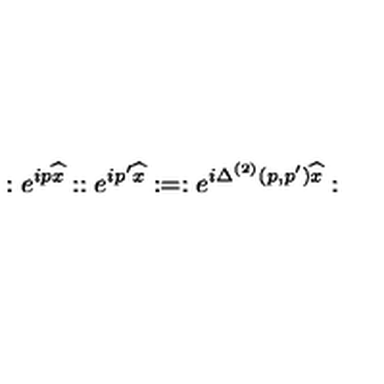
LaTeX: : e ^ { i p \widehat { x } } : : e ^ { i p ^ { \prime } \widehat { x } } : = : e ^ { i \Delta ^ { ( 2 ) } ( p , p ^ { \prime } ) \widehat { x } } :